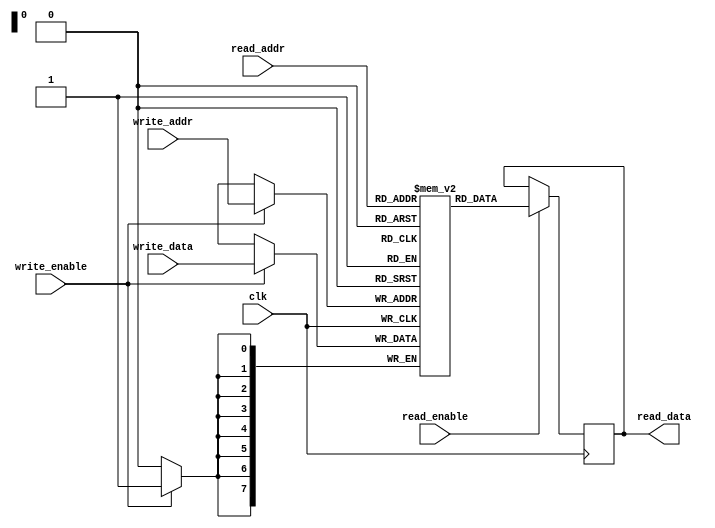
module QDR_SRAM(
    input wire clk,
    input wire [7:0] write_data,
    input wire [7:0] write_addr,
    input wire write_enable,
    output wire [7:0] read_data,
    input wire [7:0] read_addr,
    input wire read_enable
);

reg [7:0] mem [0:255]; // Memory array with 256 locations

// Write logic
always @(posedge clk) begin
    if(write_enable) begin
        mem[write_addr] <= write_data;
    end
end

// Read logic
always @(posedge clk) begin
    if(read_enable) begin
        read_data <= mem[read_addr];
    end
end

endmodule